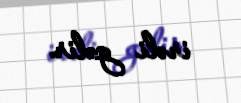
irəli gəlir.